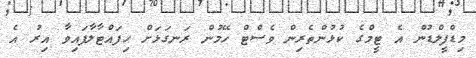
މިޑްފީލްޑުން އެ ޓީމްގެ ކުޅުންތެރިން ވެސްޓް ހޭމުން ރަނގަޅަށް ހިފައްޓާލާފައިވާ އިރު އެ